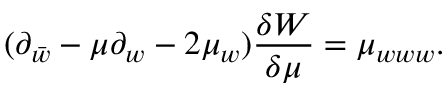
( \partial _ { \bar { w } } - \mu \partial _ { w } - 2 \mu _ { w } ) { \frac { \delta W } { \delta \mu } } = \mu _ { w w w } .